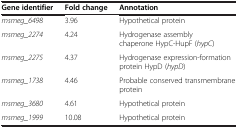
| Gene identifier | Fold change | Annotation |
 | --- | --- | --- |
 | msmeg_6498 | 3.96 | Hypothetical protein |
 | msmeg_2274 | 4.24 | Hydrogenase assembly chaperone HypC-HupF (hypC) |
 | msmeg_2275 | 4.37 | Hydrogenase expression-formation protein HypD (hypD) |
 | msmeg_1738 | 4.46 | Probable conserved transmembrane protein |
 | msmeg_3680 | 4.61 | Hypothetical protein |
 | msmeg_1999 | 10.08 | Hypothetical protein |